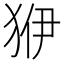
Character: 𤝳